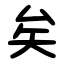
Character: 矣